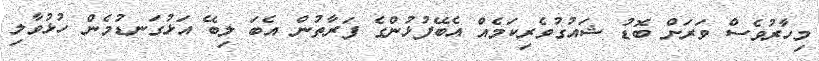
މިހާރުވެސް ވަރަށް ބޮޑު ޝައުގުވެރިކަމެއް އެބޭފުޅުންގެ ފަރާތުން އެބަ ލިބޭ އަޅުގަނޑުމެން ހުޅުވާލި